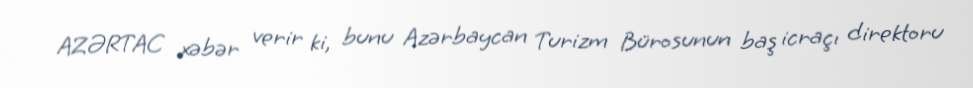
AZƏRTAC xəbər verir ki, bunu Azərbaycan Turizm Bürosunun baş icraçı direktoru